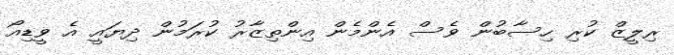
ރިލީޒް ކުރި ހިސާބުން ވެސް އެންމެން އިންތިޒާރު ކުރަމުން ދިޔައީ އެ ވީޑިއޯ